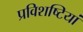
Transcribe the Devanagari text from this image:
प्रविशष्टियां